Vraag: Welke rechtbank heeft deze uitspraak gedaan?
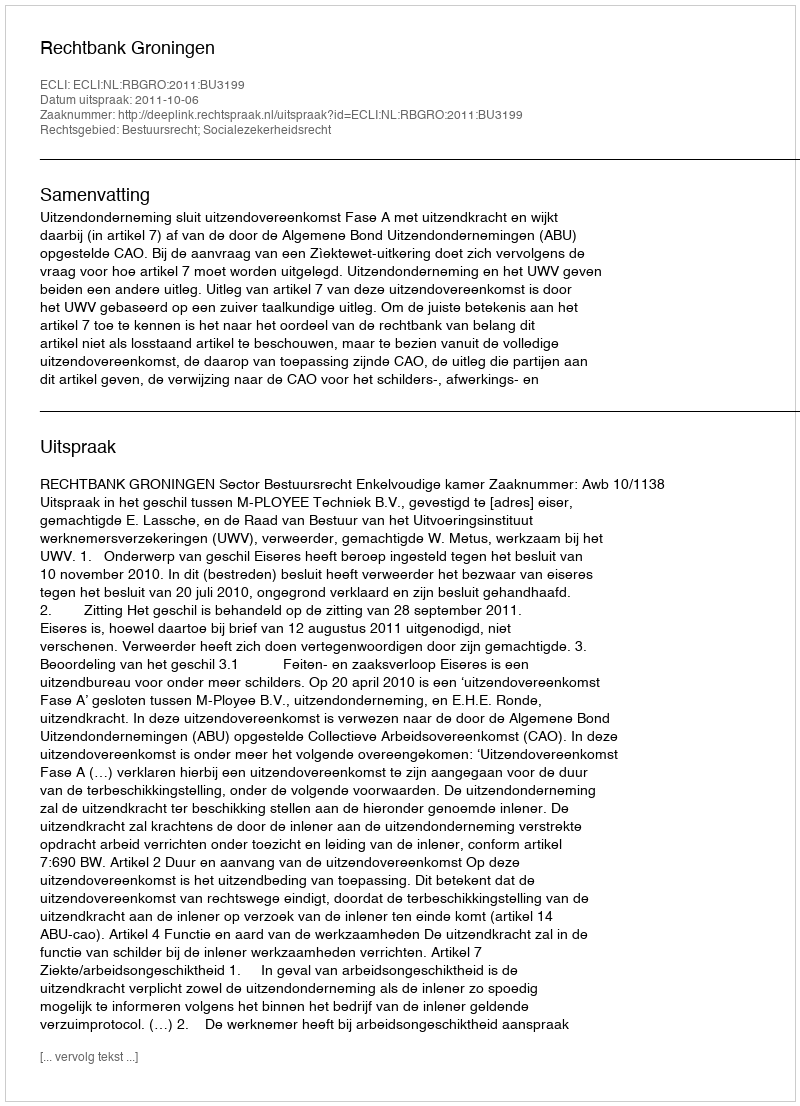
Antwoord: Rechtbank Groningen